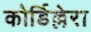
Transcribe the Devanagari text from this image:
कोर्डिल्लेरा